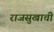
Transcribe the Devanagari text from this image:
राजसुखाची